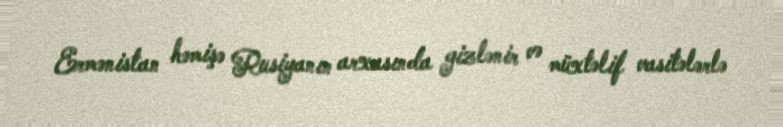
Ermənistan həmişə Rusiyanın arxasında gizlənir və müxtəlif vasitələrlə